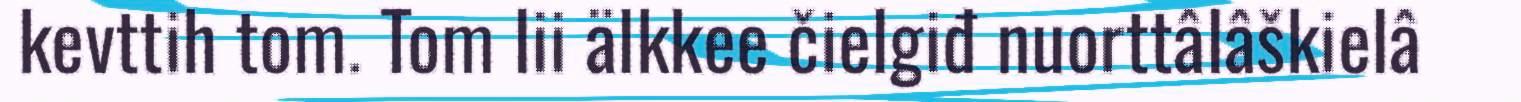
kevttih tom. Tom lii älkkee čielgiđ nuorttâlâškielâ